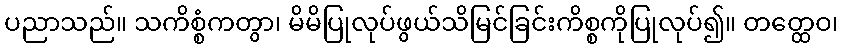
ပညာသည်။ သကိစ္စံကတွာ၊ မိမိပြုလုပ်ဖွယ်သိမြင်ခြင်းကိစ္စကိုပြုလုပ်၍။ တတ္ထေဝ၊